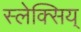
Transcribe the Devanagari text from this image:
स्लेक्सिय्